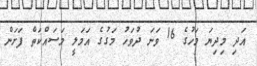
އަދި މިދިޔަ މަހުގެ 16 ވަނަ ދުވަހު މަގުގެ އަމަލީ މަސައްކަތް ފަށަން